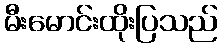
မီးမောင်းထိုးပြသည်